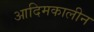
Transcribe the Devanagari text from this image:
आदिमकालीन